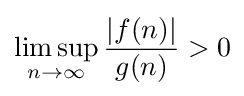
\limsup _{n\to \infty }{\frac {\left|f(n)\right|}{g(n)}}>0